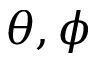
\theta , \phi